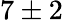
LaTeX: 7\pm 2